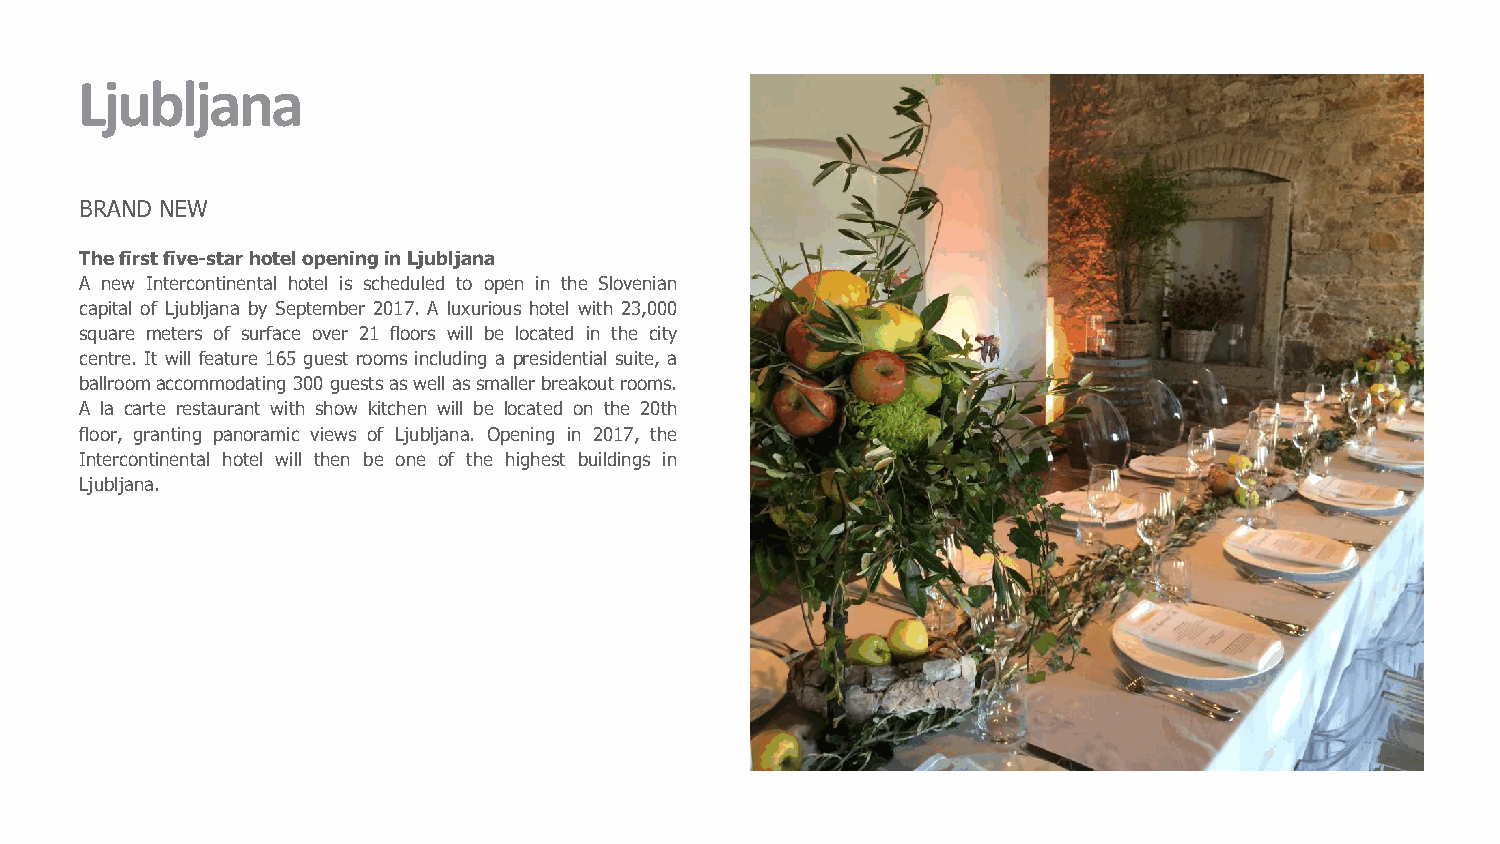
Ljubljana
 BRAND NEW
 Thefirstfive-starhotelopeninginLjubljana
 A new Intercontinental hotel is scheduled to open in the Slovenian
 capital of Ljubljana by September 2017. A luxurious hotel with 23,000
 square meters of surface over 21 floors will be located in the city
 centre. It will feature 165 guest rooms including a presidential suite, a
 ballroomaccommodating300guestsaswellassmaller breakoutrooms.
 A la carte restaurant with show kitchen will be located on the 20th
 floor, granting panoramic views of Ljubljana. Opening in 2017, the
 Intercontinental hotel will then be one of the highest buildings in
 Ljubljana.